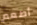
أطعم